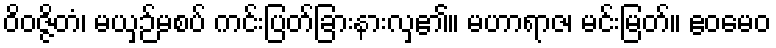
ဝိဝဇ္ဇိတံ၊ မယှဉ်မစပ် ကင်းပြတ်ခြားနားလှ၏။ မဟာရာဇ၊ မင်းမြတ်။ ဧဝမေဝ